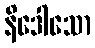
နိဒေါသော